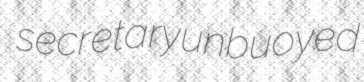
secretary unbuoyed